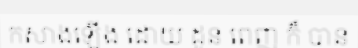
កសាងឡើង ដោយ ដូន ពេញ ក៏ បាន